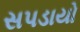
સપડાયો